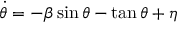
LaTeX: \dot { \theta } = - \beta \sin \theta - \tan \theta + \eta